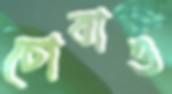
চোবাও